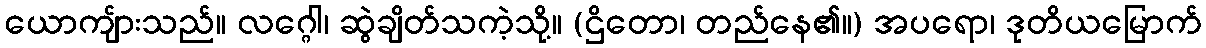
ယောကျ်ားသည်။ လဂ္ဂေါ၊ ဆွဲချိတ်သကဲ့သို့။ (ဌိတော၊ တည်နေ၏။) အပရော၊ ဒုတိယမြောက်